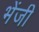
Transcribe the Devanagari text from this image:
भेंजी